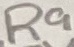
Text: R9